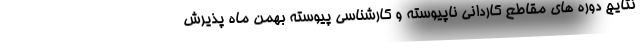
نتایج دوره های مقاطع کاردانی ناپیوسته و کارشناسی پیوسته بهمن ماه پذیرش